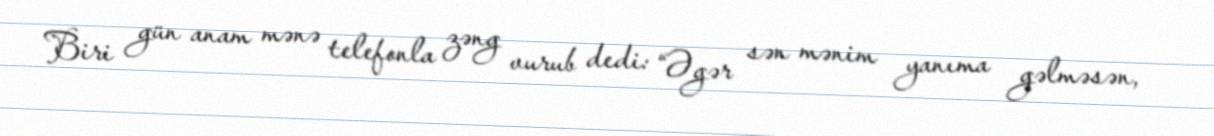
Biri gün anam mənə telefonla zəng vurub dedi: “Əgər sən mənim yanıma gəlməsən,